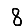
Digit: 8